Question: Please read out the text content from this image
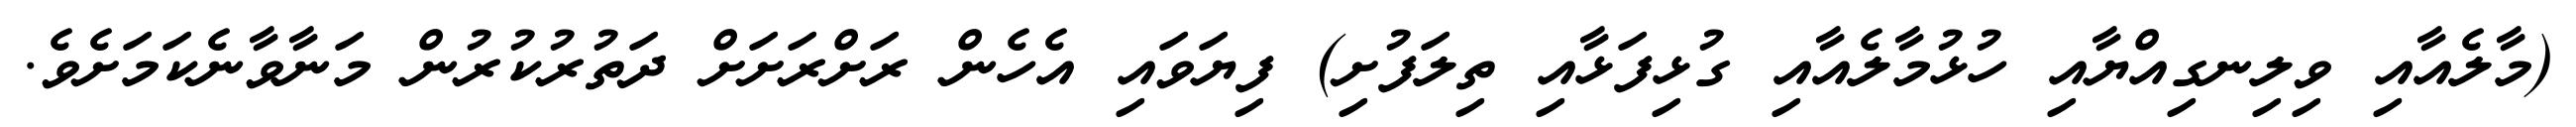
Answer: (މާލެއާއި ވިލިނގިއްޔާއި ހުޅުމާލެއާއި ގުޅިފަޅާއި ތިލަފުށި) ފިޔަވައި އެހެން ރަށްރަށަށް ދަތުރުކުރުން މަނާވާނެކަމަށެވެ.